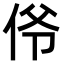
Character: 𫢜